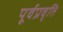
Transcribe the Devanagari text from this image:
पूर्वप्रवृति